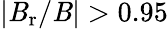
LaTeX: \vert\mathit{B}_{\mathrm{{r}}}/\mathit{B}\vert>0.95